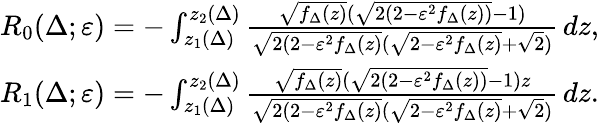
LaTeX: \begin{array}{r}{R_{0}(\Delta;\varepsilon)=-\int_{z_{1}(\Delta)}^{z_{2}(\Delta)}\frac{\sqrt{f_{\Delta}(z)}(\sqrt{2(2-\varepsilon^{2}f_{\Delta}(z))}-1)}{\sqrt{2(2-\varepsilon^{2}f_{\Delta}(z)}(\sqrt{2-\varepsilon^{2}f_{\Delta}(z)}+\sqrt 2)}\, dz,}\\ {R_{1}(\Delta;\varepsilon)=-\int_{z_{1}(\Delta)}^{z_{2}(\Delta)}\frac{\sqrt{f_{\Delta}(z)}(\sqrt{2(2-\varepsilon^{2}f_{\Delta}(z))}-1)z}{\sqrt{2(2-\varepsilon^{2}f_{\Delta}(z)}(\sqrt{2-\varepsilon^{2}f_{\Delta}(z)}+\sqrt 2)}\, dz.}\end{array}